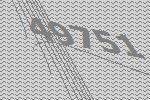
49751